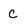
Character: c